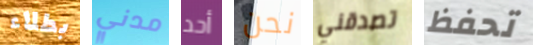
بطلاء مدني أحد نحن تصدقني تحفظ